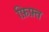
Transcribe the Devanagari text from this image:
फ़िफ़्त